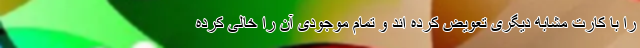
را با کارت مشابه دیگری تعویض کرده اند و تمام موجودی آن را خالی کرده